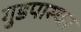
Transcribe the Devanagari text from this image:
गुडपास्चर